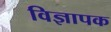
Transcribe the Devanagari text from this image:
विज्ञापक